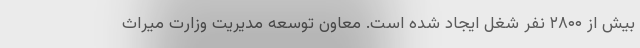
بیش از ۲۸۰۰ نفر شغل ایجاد شده است. معاون توسعه مدیریت وزارت میراث